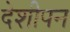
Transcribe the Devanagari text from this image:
देशीपन